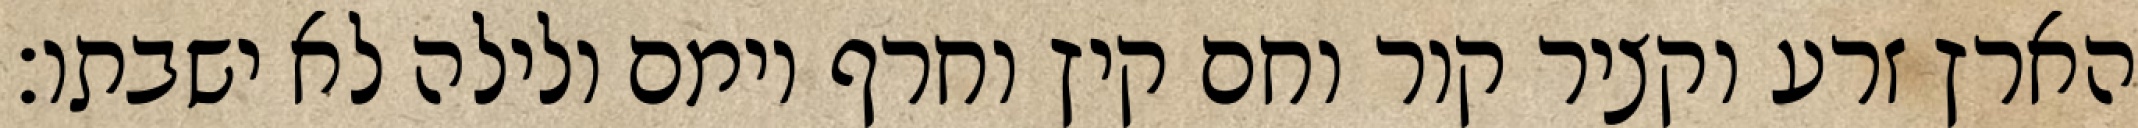
הארץ זרע וקציר קור וחם קיץ וחרף יומם ולילה לא ישבתו׃